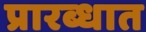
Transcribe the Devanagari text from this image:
प्रारब्धात